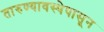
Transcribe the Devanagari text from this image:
तारुण्यावस्थेपासून